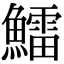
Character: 鱩